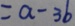
= a - 3 b